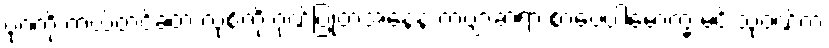
ပုဂံကို ကယ်တင်ခဲ့တဲ့ လုစ်ကို ဂုဏ်ပြုတဲ့အနေနဲ့ ကဗျာဆရာ စာပေပါမောက္ခ မင်းသုဝဏ်က